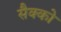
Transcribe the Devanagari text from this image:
सैक्को